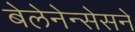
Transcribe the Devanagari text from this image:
बेलेनेन्सेसने